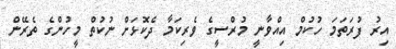
އިރު ފުރަތަމަ ހުކުމް އިއްވާނީ މުރްސީގެ ވެރިކަމާ ދެކޮޅަށް ނުކުތް މީހުންގެ ތެރޭން